Madras plague regulations and rules for the city of Madras
Disease focus: Plague
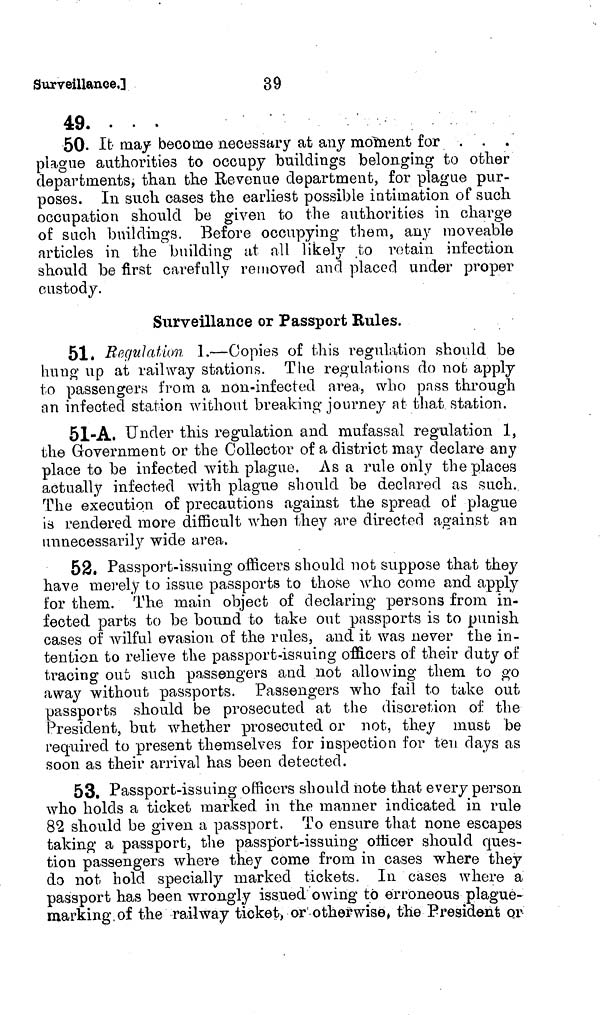
Surveillance.]
39
49. ...
50. It may become necessary at any moment for . . .
plague authorities to occupy buildings belonging to other
departments, than the Revenue department, for plague pur-
poses. In such cases the earliest possible intimation of such
occupation should be given to the authorities in charge
of such buildings. Before occupying them, any moveable
articles in the building at all likely to retain infection
should be first carefully removed and placed under proper
custody.
Surveillance or Passport Rules.
51. Regulation 1.—Copies of this regulation should be
hung up at railway stations. The regulations do not apply
to passengers from a non-infected area, who pass through
an infected station without breaking journey at that station.
51-A. Under this regulation and mufassal regulation 1,
the Government or the Collector of a district may declare any
place to be infected with plague. As a rule only the places
actually infected with plague should be declared as such.
The execution of precautions against the spread of plague
is rendered more difficult when they are directed against an
unnecessarily wide area.
52. Passport-issuing officers should not suppose that they
have merely to issue passports to those who come and apply
for them. The main object of declaring persons from in-
fected parts to be bound to take out passports is to punish
cases of wilful evasion of the rules, and it was never the in-
tention to relieve the passport-issuing officers of their duty of
tracing out such passengers and not allowing them to go
away without passports. Passengers who fail to take out
passports should be prosecuted at the discretion of the
President, but whether prosecuted or not, they must be
required to present themselves for inspection for ten days as
soon as their arrival has been detected.
53. Passport-issuing officers should note that every person
who holds a ticket marked in the manner indicated in rule
82 should be given a passport. To ensure that none escapes
taking a passport, the passport-issuing officer should ques-
tion passengers where they come from in cases where they
do not hold specially marked tickets. In cases where a
passport has been wrongly issued owing to erroneous plague-
marking, of the railway ticket, or otherwise, the President or